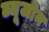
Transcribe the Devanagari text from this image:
ब्यूजोन